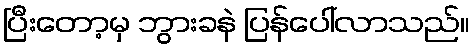
ပြီးတော့မှ ဘွားခနဲ ပြန်ပေါ်လာသည်။